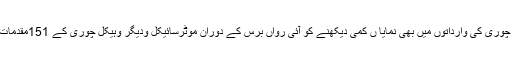
موٹرسائیکل چوری کی وارداتوں میں بھی نمایا ں کمی دیکھنے کو آئی رواں برس کے دوران موٹرسائیکل ودیگر وہیکل چوری کے 151مقدمات درج ہوئے۔